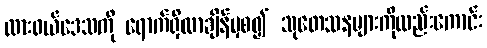
ထားဝယ်ဒေသကို ရောက်ရှိလာချိန်မှစ၍ သုတေသနများကိုလည်းကောင်း